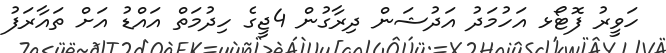
ހަވީރު ފޮޓޯޅ އަހުމަދު އަދުޝަން ދިރާގުން 4ޖީގެ ހިދުމަތް އައްޑު އަށް ތައާރަފު